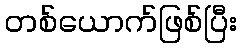
တစ်ယောက်ဖြစ်ပြီး